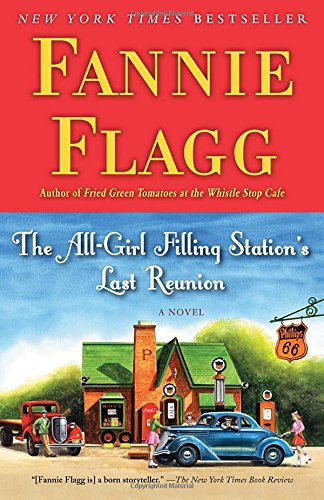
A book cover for The All-Girl Filling Station's Last Reunion: A Novel; Fannie Flagg; Literature & Fiction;